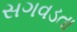
સગવડતા